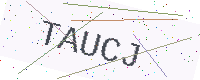
Text: TAUCJ